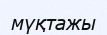
мүқтажы